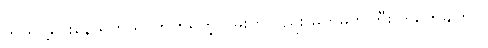
သယ်ပို့ပေးနေ ရတယ်၊ တက်ရတဲ့လမ်းကလည်း မတ်မတ်ကြီးပဲ။ မှတ်ချက် ။